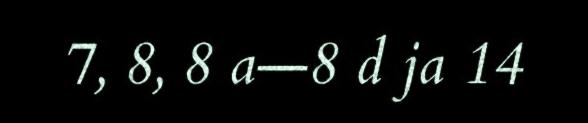
7, 8, 8 a―8 d ja 14